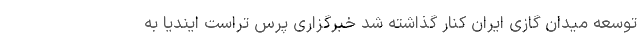
توسعه میدان گازی ایران کنار گذاشته شد خبرگزاری پرس تراست ایندیا به